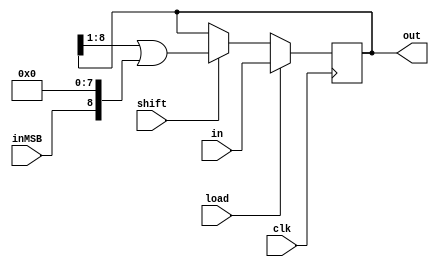
`default_nettype none

module BitShift9R (
    input wire clk,
    input wire [8:0] in,
    input wire inMSB,
    input wire load,
    input wire shift,
    output reg [8:0] out
);
    // Initial block to set the initial value of the output register
    initial begin
        out = 9'b0;
    end

    always @(posedge clk) begin
        if (load) begin
            out <= in;
        end else if (shift) begin
            out <= (out >> 1) | (inMSB << 8);
        end
    end

endmodule